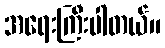
အရေးကြီးပါတယ်။